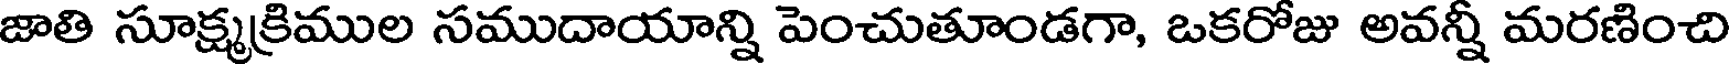
జాతి సూక్ష్మక్రిముల సముదాయాన్ని పెంచుతూండగా, ఒకరోజు అవన్నీ మరణించి